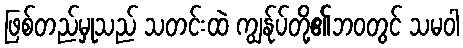
ဖြစ်တည်မှုသည် သတင်းထဲ ကျွန်ုပ်တို့၏ဘဝတွင် သမဝါ